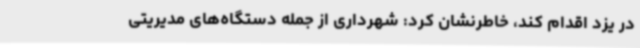
در یزد اقدام کند، خاطرنشان کرد: شهرداری از جمله دستگاه‌های مدیریتی